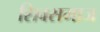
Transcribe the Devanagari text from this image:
शिवसमाज